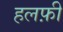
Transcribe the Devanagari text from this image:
हलफ़ी